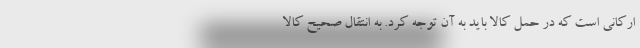
ارکانی است که در حمل کالا باید به آن توجه کرد. به انتقال صحیح کالا